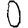
Digit: 0